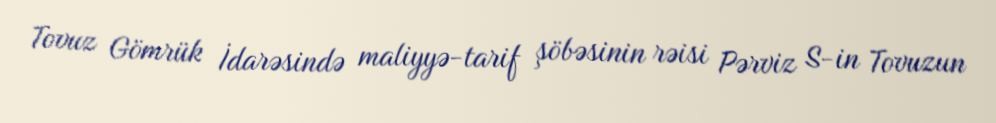
Tovuz Gömrük İdarəsində maliyyə-tarif şöbəsinin rəisi Pərviz S-in Tovuzun